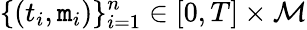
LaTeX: \{ (t_{i},\mathtt{m}_{i})\} _{i=1}^{n}\in[0,T]\times\mathcal{{M}}